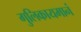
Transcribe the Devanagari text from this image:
गुलिकायमानं